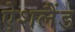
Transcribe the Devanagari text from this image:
ऐशलैंड